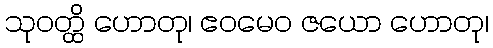
သုဝတ္ထိ ဟောတု၊ ဧဝမေဝ ဇယော ဟောတု၊